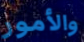
والأمور